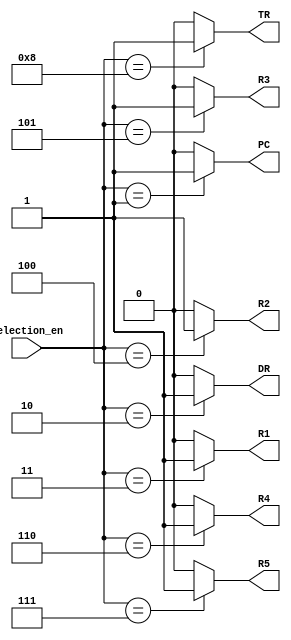
module write_en_decoder(selection_en, PC, DR, R1, R2, R3, R4, R5,TR);
	input [3:0] selection_en;
	output PC, DR, R1, R2, R3, R4, R5,TR;
	
	assign PC=(selection_en ==4'd1) ? 1'b1: 1'b0;
	assign DR=(selection_en ==4'd2) ? 1'b1: 1'b0;
	assign R1=(selection_en ==4'd3) ? 1'b1: 1'b0;
	assign R2=(selection_en ==4'd4) ? 1'b1: 1'b0;
	assign R3=(selection_en ==4'd5) ? 1'b1: 1'b0;
	assign R4=(selection_en ==4'd6) ? 1'b1: 1'b0;
	assign R5=(selection_en ==4'd7) ? 1'b1: 1'b0;
	assign TR=(selection_en ==4'd8) ? 1'b1: 1'b0;

endmodule